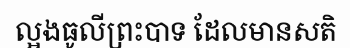
ល្អងធូលីព្រះបាទ ដែលមានសតិ